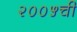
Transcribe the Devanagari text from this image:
२००५ची